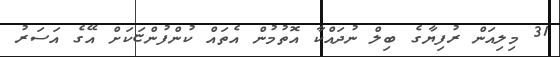
31 މިލިއަން ރުފިޔާގެ ބިލް ނުދައްކާ އޮތުމުން އެތައް ކުންފުންޏަކަށް އޭގެ އަސަރު